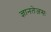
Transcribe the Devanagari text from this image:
ज्ञानतेजसः